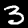
Label: 3